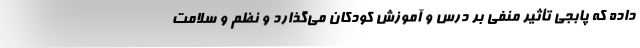
داده که پابجی تأثیر منفی بر درس و آموزش کودکان می‌گذارد و نظم و سلامت